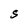
Character: S